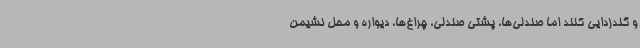
و گندزدایی کنند اما صندلی‌ها، پشتی صندلی، چراغ‌ها، دیواره و محل نشیمن